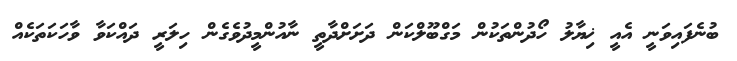
ބުނެފައިވަނީ އެއީ ޚިޔާލު ހޯދުންތަކުން މަގްބޫލްކަން ދަށަށްދާތީ ނާއުންމީދުވެގެން ހިލަރީ ދައްކަވާ ވާހަކަތަކެއް